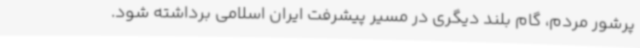
پرشور مردم، گام بلند دیگری در مسیر پیشرفت ایران اسلامی برداشته شود.